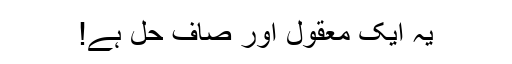
یہ ایک معقول اور صاف حل ہے!